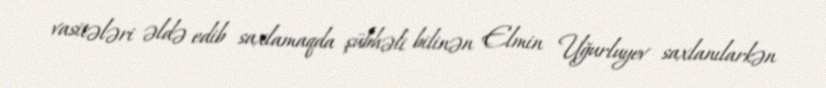
vasitələri əldə edib saxlamaqda şübhəli bilinən Elmin Uğurluyev saxlanılarkən